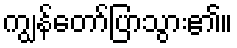
ကျွန်တော်ပြာသွား၏။